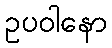
ဥပဝါနော